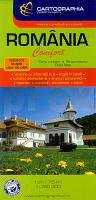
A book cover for Romania Comfort Road Map; Cartographia; Travel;